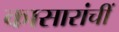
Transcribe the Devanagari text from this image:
कासारांचीं